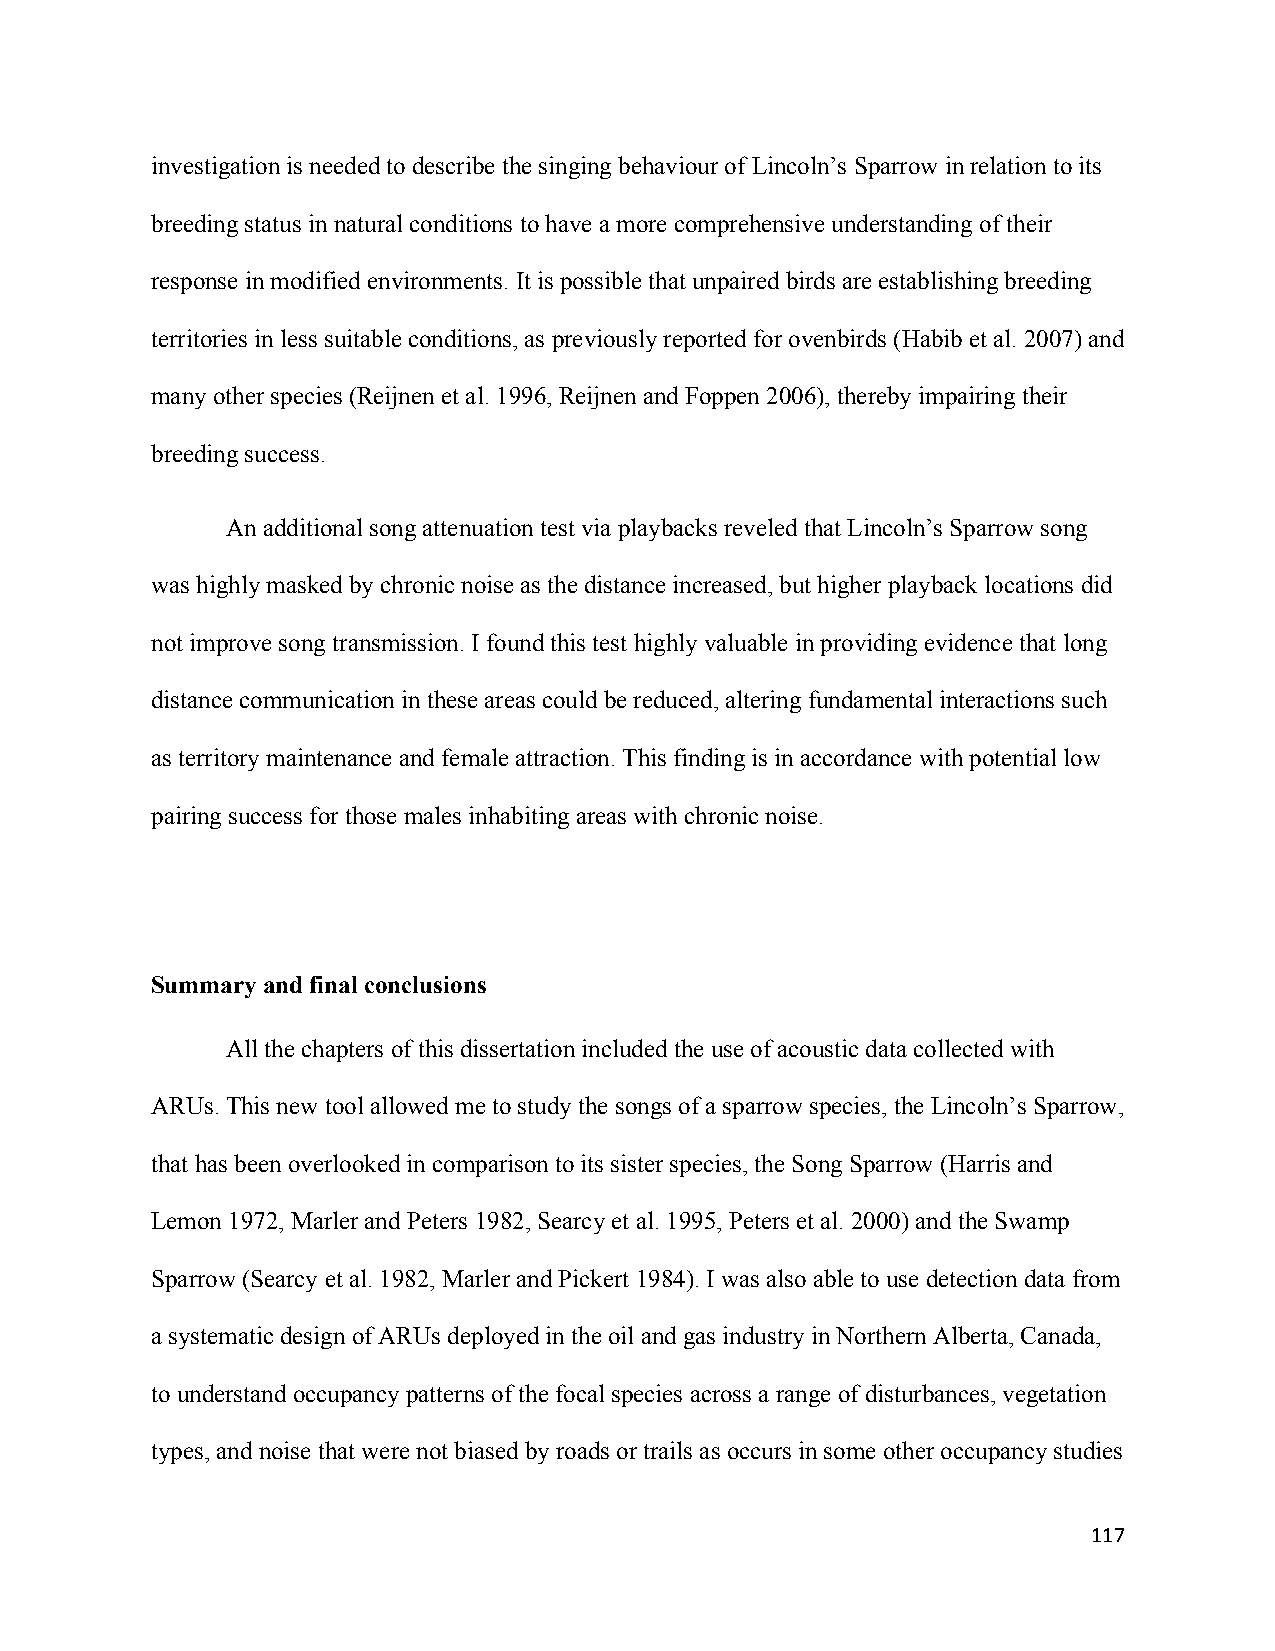
investigation is needed to describe the singing behaviour of Lincoln’s Sparrow in relation to its
 breeding status in natural conditions to have a more comprehensive understanding of their
 response in modified environments. It is possible that unpaired birds are establishing breeding
 territories in less suitable conditions, as previously reported for ovenbirds (Habib et al. 2007) and
 many other species (Reijnen et al. 1996, Reijnen and Foppen 2006), thereby impairing their
 breeding success.
 An additional song attenuation test via playbacks reveled that Lincoln’s Sparrow song
 was highly masked by chronic noise as the distance increased, but higher playback locations did
 not improve song transmission. I found this test highly valuable in providing evidence that long
 distance communication in these areas could be reduced, altering fundamental interactions such
 as territory maintenance and female attraction. This finding is in accordance with potential low
 pairing success for those males inhabiting areas with chronic noise.
 Summary and final conclusions
 All the chapters of this dissertation included the use of acoustic data collected with
 ARUs. This new tool allowed me to study the songs of a sparrow species, the Lincoln’s Sparrow,
 that has been overlooked in comparison to its sister species, the Song Sparrow (Harris and
 Lemon 1972, Marler and Peters 1982, Searcy et al. 1995, Peters et al. 2000) and the Swamp
 Sparrow (Searcy et al. 1982, Marler and Pickert 1984). I was also able to use detection data from
 a systematic design of ARUs deployed in the oil and gas industry in Northern Alberta, Canada,
 to understand occupancy patterns of the focal species across a range of disturbances, vegetation
 types, and noise that were not biased by roads or trails as occurs in some other occupancy studies
 117